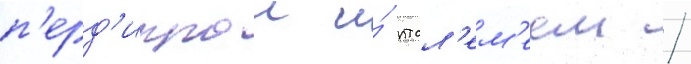
п'ерд'иккои и́ птол'ем'еем /